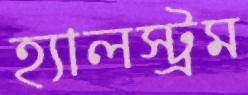
হ্যালস্ট্রম